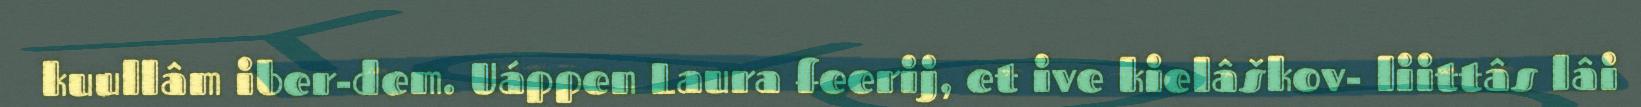
kuullâm iber-dem. Uáppen Laura feerij, et ive kielâškov- liittâs lâi